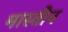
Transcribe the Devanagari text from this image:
मास्तीन